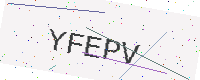
Text: YFEPV